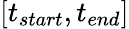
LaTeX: [t_{start},t_{end}]